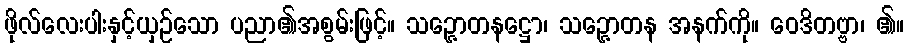
ဖိုလ်လေးပါးနှင့်ယှဉ်သော ပညာ၏အစွမ်းဖြင့်။ သဉ္ဇောတနဋ္ဌော၊ သဉ္ဇောတန အနက်ကို။ ဝေဒိတဗ္ဗာ၊ ၏။